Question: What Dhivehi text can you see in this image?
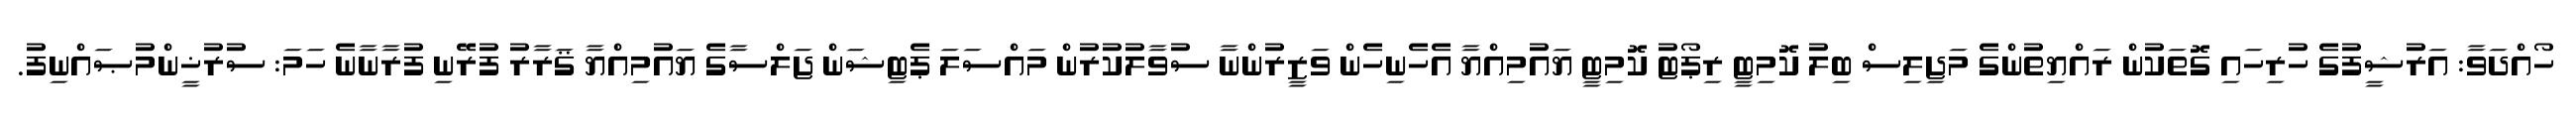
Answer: ހޯއްދަވާ: އަރުޝީފުގެ ހުރިހައި ގޮތަކުން ރައްޔިތުންގެ މަޖިލިސް ބިލު ކޮމިޓީ ރިޕޯޓު ކޮމިޓީ ޔައުމިއްޔާ އެހެނިހެން ވަޒީރުންނާ ސުވާލުކުރުން މައްސަލަ ޕެޓިޝަން ޖަލްސާގެ ޔައުމިއްޔާ ޤަރާރު ފުރޭނި ފުރާނާނެ ހަމަ: ސުރުޚީންމުޞައްނިފު.